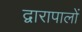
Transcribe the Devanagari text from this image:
द्वारापालों